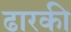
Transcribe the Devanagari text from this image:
ढारकी